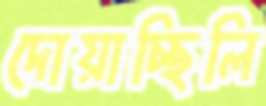
দোয়াচ্ছিলি